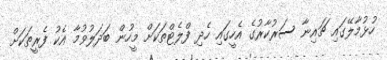
ހުޅުމާލޭގައި ޗައިނާ ސަރުކާރުގެ އެހީގައި ހެދި ފްލެޓްތަކަށް މީހުން ބަދަލުވުމާ އެކު ފެރީތަކަށް